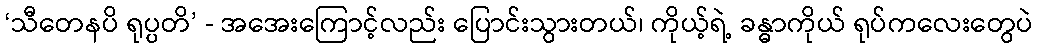
‘သီတေနပိ ရုပ္ပတိ’ - အအေးကြောင့်လည်း ပြောင်းသွားတယ်၊ ကိုယ့်ရဲ့ ခန္ဓာကိုယ် ရုပ်ကလေးတွေပဲ